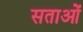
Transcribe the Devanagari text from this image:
सताओं